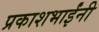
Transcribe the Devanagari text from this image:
प्रकाशभाईंनी